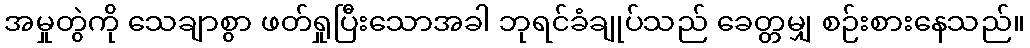
အမှုတွဲကို သေချာစွာ ဖတ်ရှုပြီးသောအခါ ဘုရင်ခံချုပ်သည် ခေတ္တမျှ စဉ်းစားနေသည်။